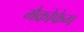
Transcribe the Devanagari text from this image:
मैक्रोफेग